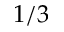
1 / 3